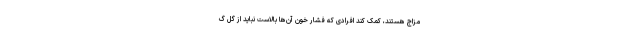
مزاج هستند، کمک کند افرادی که فشار خون آن‌ها بالاست نباید از گل گ